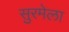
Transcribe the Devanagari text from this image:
सुरमेला